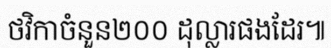
ថវិកាចំនួន២០០ ដុល្លារផងដែរ៕